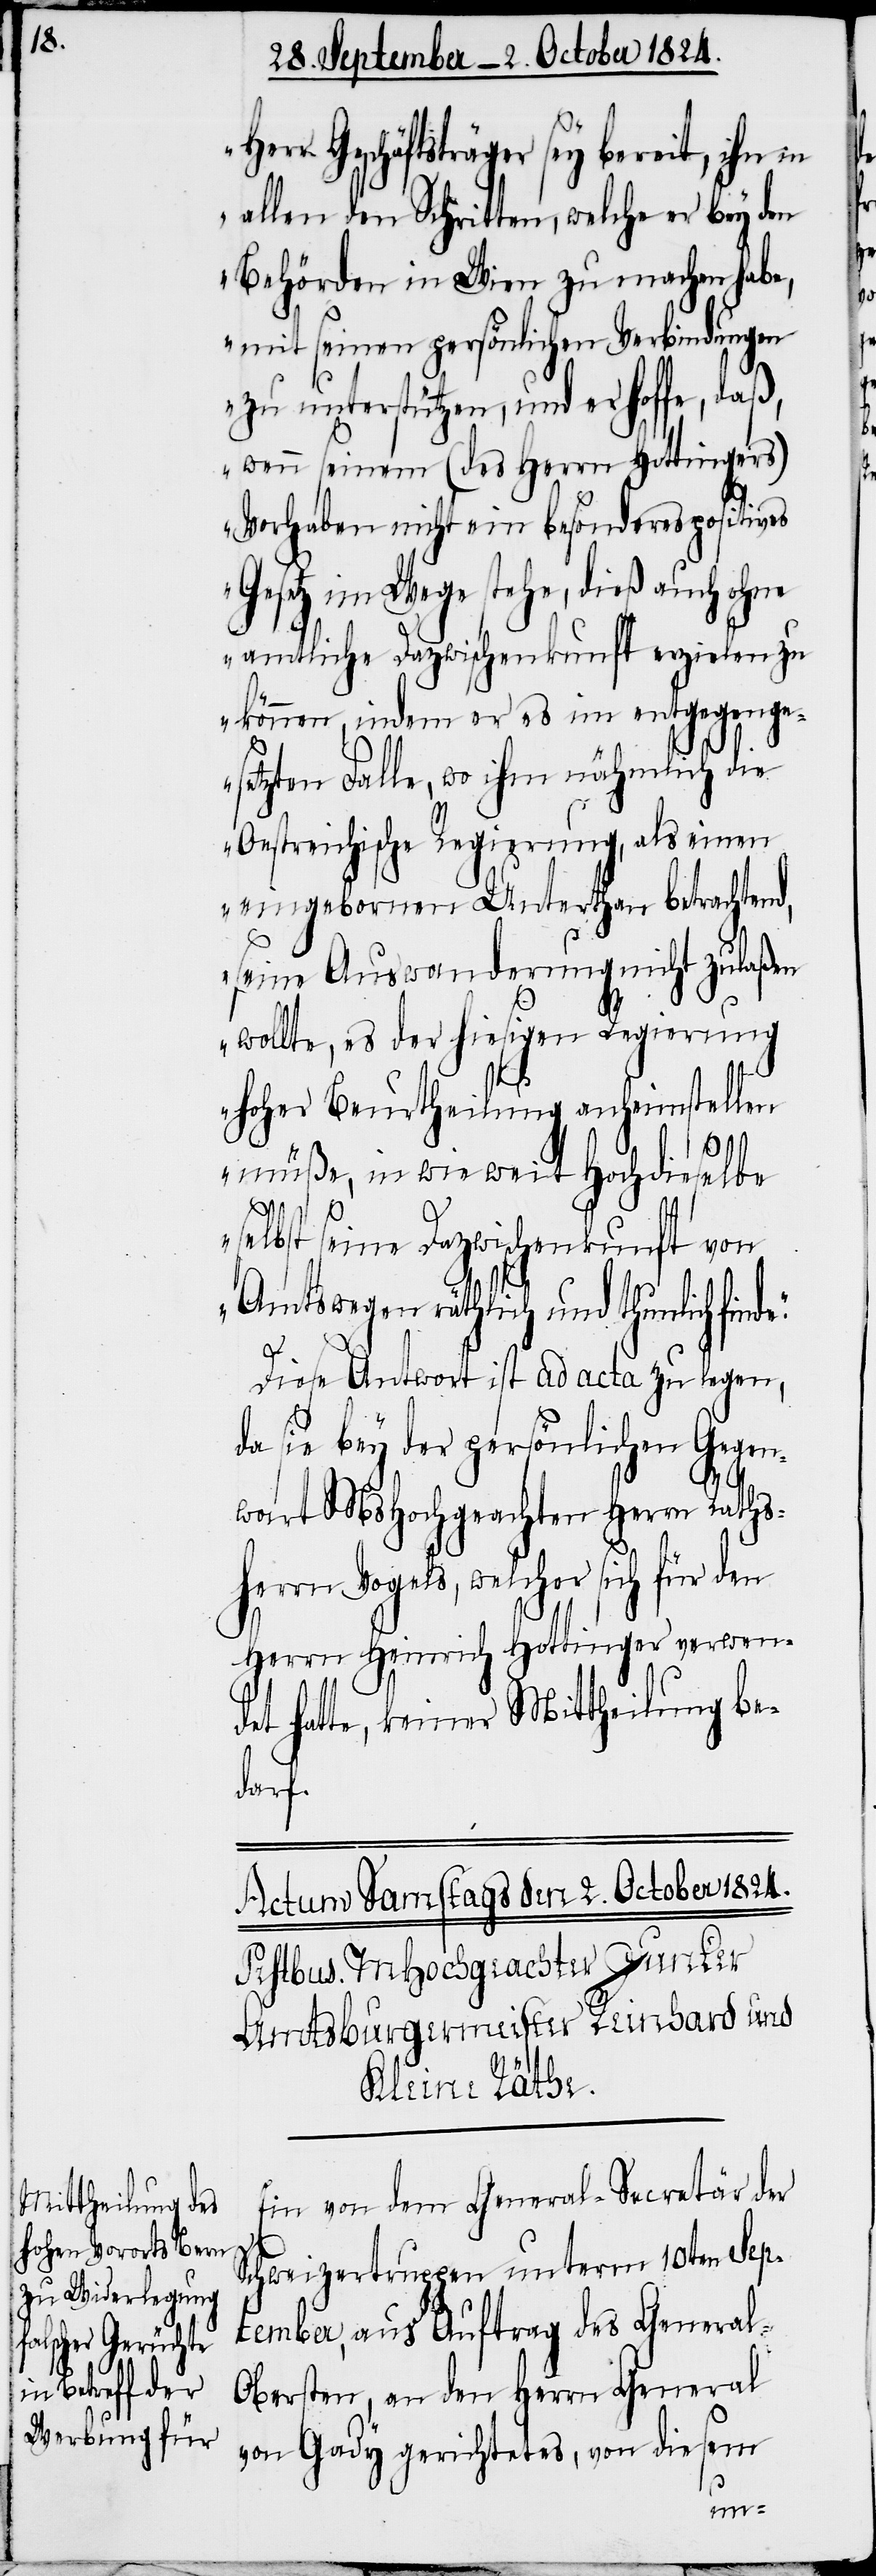
err Geschäftsträger sey bereit, ihn in
allen den Schritten, welche er bey den
Behörden in Wien zu machen habe,
mit seinen persönlichen Verbindungen
zu unterstützen, und er hoffe, daß,
wenn seinem (des Herrn Hottingers)
Vorhaben nicht ein besonderes politisc¬
Gesetz im Wege stehe, dieß auch ohne
amtliche Dazwischenkunft erzielen zu
können, indem er es im entgegenge¬
setzten Falle, wo ihm nämlich die
Oestreichische Regierung, als einen
eingebornen Unterthan betrachtend,
seine Auswanderung nicht zulaßen
wollte, es der hiesigen Regierung
hoher Beurtheilung anheimstellen
müße, in wie weit Hochdieselbe
hes
selbst seine Dazwischenkunft von
Amtswegen räthlich und thunlich fin¬
Diese Antwort ist ad acta zu legen,
da sie bey der persönlichen Gegen¬
wart MsHochgeachten Herrn Raths¬
herrn Vogels, welcher sich für den
Herrn Heinrich Hottinger verwen¬
det hatte, keiner Mittheilung be¬
darf.
Ein von dem General-Secretär der
Schweizertruppen unterm 10ten Sep¬
tember, aus Auftrag des General-O¬
bersten, an den Herrn General
von Gady gerichtetes, von diesem
de.“